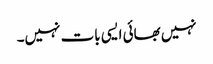
نہیں بھائی ایسی بات نہیں۔